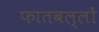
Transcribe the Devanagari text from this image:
फातबल्लों